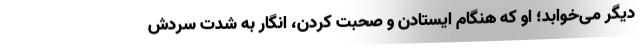
دیگر می‌خوابد؛ او که هنگام ایستادن و صحبت کردن، انگار به شدت سردش